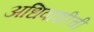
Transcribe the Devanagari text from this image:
अधिवाशीची